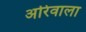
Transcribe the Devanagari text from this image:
अरिवाला